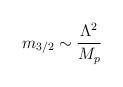
LaTeX: \begin{align*}m_{3/2}\sim \frac{\Lambda^2}{M_p} \end{align*}